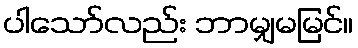
ပါသော်လည်း ဘာမျှမမြင်။